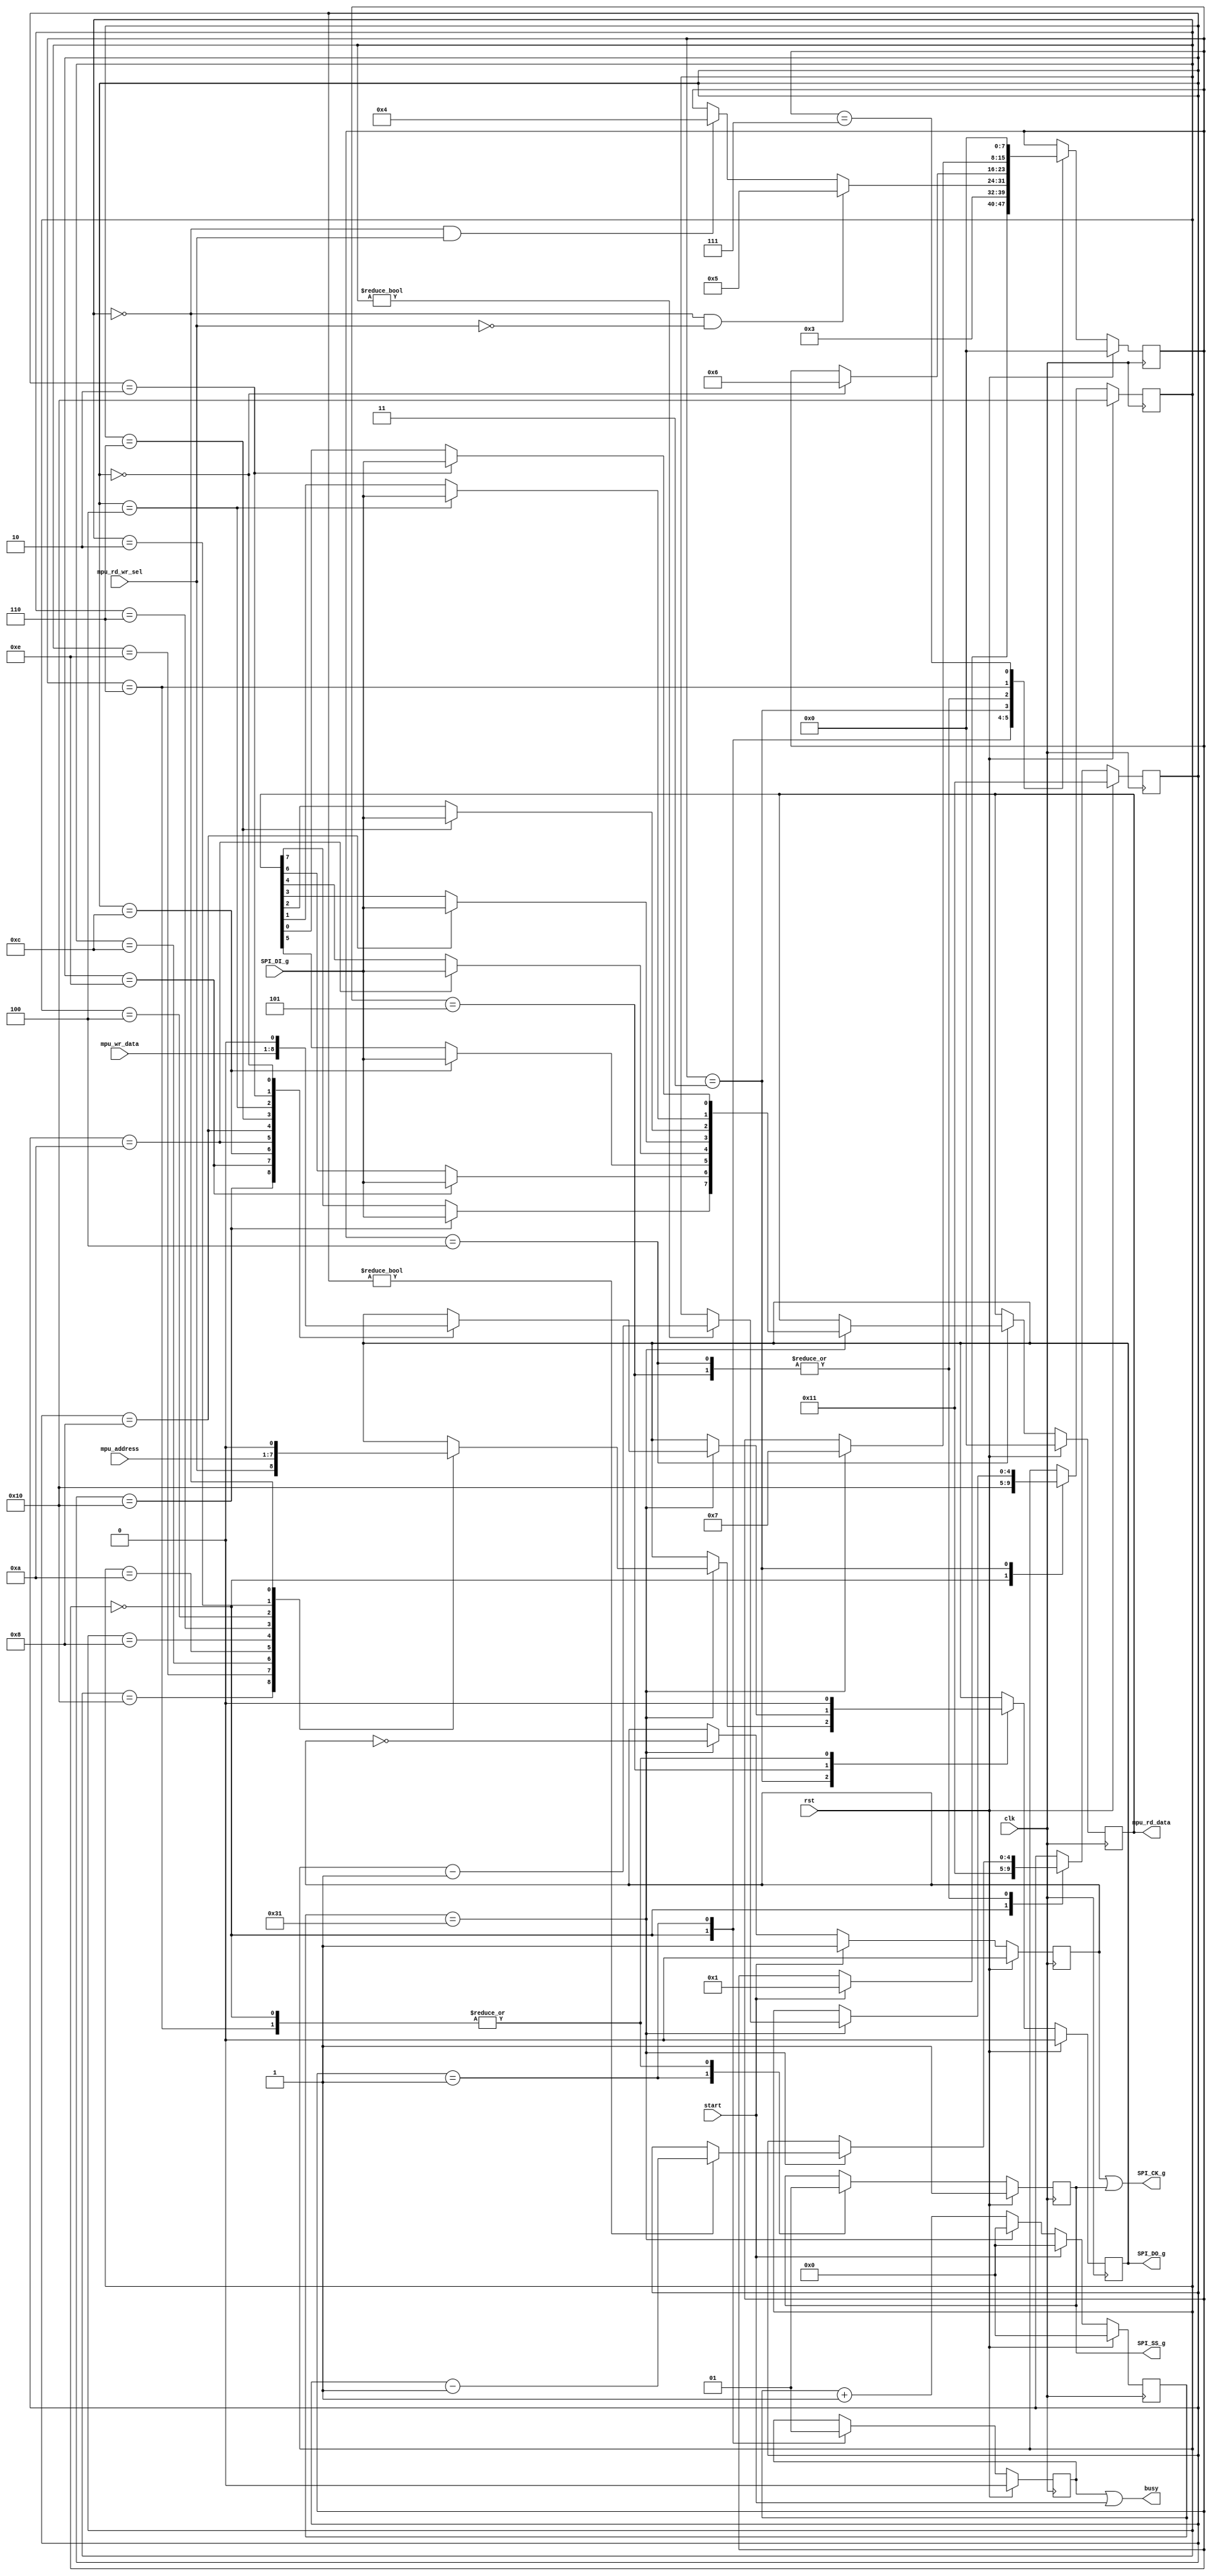
`timescale 1ns / 1ps
//////////////////////////////////////////////////////////////////////////////////
// Company: 
// Engineer: 
// 
// Design Name: 
// Module Name:    SPI_interface 
// Project Name: 
// Target Devices: 
// Tool versions: 
// Description: 
//
// Dependencies: 
//
// Revision: 
// Revision 0.01 - File Created
// Additional Comments: 
//
//////////////////////////////////////////////////////////////////////////////////
module SPI_interface( 
	input clk,
	input rst,
	input [6:0] mpu_address,		//from MPU9250.v
	input [7:0] mpu_wr_data,		//from MPU9250.v
	input mpu_rd_wr_sel,				//from MPU9250.v for select read or write 
	input start,						//start read/write
	output busy,					//don't be send new address or new data from MPU9250.v 
	output SPI_SS_g,						//sleve_select
	output SPI_CK_g,						//SCLK
	output SPI_DO_g,						//Master out Sleve in						
	input SPI_DI_g,						//Master in Slave out
	output [7:0] mpu_rd_data				//for mpu_read_data @MPU9250_controler
    );
	 
	 reg [7:0] mpu_rd_data_buff; 		//for read data baff from MPU
	 reg [7:0] SPIstate;
	 reg [11:0] counter;		//for SPI_SS
	 reg MPUclk;				//for SPI_SS.  don't stop reversal
	 reg  do_reg;				//SPI_DO 
	 reg  ss_reg;				//SPI_SS
	 reg  ck_reg;				//SPI_CK
	 reg busy_bf;				//=MPU_busy buff
	 reg [4:0] i;				//counter for mpu_address[i]
	 reg [4:0] j;				//counter for mpu_rd_data[j]
	

parameter SPI_HALF_CLK = 50; // 50 clks @ 100MHz to make SPI 1MHz
                         // Atlys/Zedboard 50clks = MPU 1clk 
parameter SPI_CLK = SPI_HALF_CLK*2;

wire halfCLKpassed = (counter == SPI_HALF_CLK-1);

// count 50 clks = SCLK generator
always@(posedge clk)
begin
	if(rst)
	begin
		counter <= 0;
		MPUclk <= 0;
	end
	else
	begin
		if(start==1) begin
			counter <= 0;		
			MPUclk <= 1;			
		end
		else if(halfCLKpassed)begin			
			counter <= 0;		
			MPUclk <= ~MPUclk;
			end
		else begin
			counter <= counter + 1;
		end
	end
end

//for state trans 
always @(posedge clk)
	begin
		if(rst)
		begin
			SPIstate = 0;
		end
		else
		begin		
			case(SPIstate)
				0:if(start == 1) SPIstate = 1;	//INIT
				1:SPIstate = 3;	//for SPI_SS = 0
				3:begin
					if(i==0 && mpu_rd_wr_sel == 1)SPIstate = 4;				//address set
					if(i==0 && mpu_rd_wr_sel == 0)SPIstate = 5;				//address set
				end
				4:if(j==0)SPIstate = 6;				//read or write data
				5:if(j==0)SPIstate = 6;
				6:if(halfCLKpassed)SPIstate = 7;				//HOLD		//FINISH and go to state0 
				7:SPIstate = 0;			//FINISH
			endcase
		end
	end
 
 
always @ (posedge clk)
begin 
	if(rst)
		begin
			do_reg = 0;
			ck_reg = 1;
			ss_reg = 1;
			busy_bf = 0;
			mpu_rd_data_buff = 0;
			i = 16;
			j = 17;
		end
	else
		case(SPIstate)
			0:begin					//INIT
				do_reg = 0;
				ss_reg = 1; 
				busy_bf = 0;
			   i = 16;
				j = 17;
			  end
			1:begin					//ready
					busy_bf = 1;
					ss_reg = 0;
					end
			3:begin					//send mpu_address[i] to MPU9250 with SPI
				if(halfCLKpassed)
				begin
					case (i)
						16:do_reg = mpu_rd_wr_sel;
						14:do_reg = mpu_address[6];
						12:do_reg = mpu_address[5];
						10:do_reg = mpu_address[4];
						8: do_reg = mpu_address[3];
						6: do_reg = mpu_address[2];
						4: do_reg = mpu_address[1];
						2: do_reg = mpu_address[0];
						0: do_reg = 0;
					endcase
					if(i!=0) i=i-1;
				end
			  end
			4:begin				//read SPI_DI from MPU9250 with SPI
				if(halfCLKpassed)
				begin
					case (j)
						16:mpu_rd_data_buff[7] = SPI_DI_g;
						14:mpu_rd_data_buff[6] = SPI_DI_g;
						12:mpu_rd_data_buff[5] = SPI_DI_g;
						10:mpu_rd_data_buff[4] = SPI_DI_g;
						8:mpu_rd_data_buff[3] = SPI_DI_g;
						6:mpu_rd_data_buff[2] = SPI_DI_g;
						4:mpu_rd_data_buff[1] = SPI_DI_g;
						2:mpu_rd_data_buff[0] = SPI_DI_g;						
					endcase
					if(j!=0) j=j-1;
				end
			end	

			5:begin				//write data 
				if(halfCLKpassed)
				begin
					case (j)
						16:do_reg = mpu_wr_data[7]; 
						14:do_reg = mpu_wr_data[6]; 
						12:do_reg = mpu_wr_data[5]; 
						10:do_reg = mpu_wr_data[4]; 
						8:do_reg = mpu_wr_data[3]; 
						6:do_reg = mpu_wr_data[2]; 
						4:do_reg = mpu_wr_data[1]; 
						2:do_reg = mpu_wr_data[0]; 
						0:do_reg = 0;
					endcase
					if(j!=0) j=j-1;
				end
			end
							  
			6:begin				//HOLD
				ck_reg =1;
				do_reg =0;
				ss_reg = 1;
			  end
			  
			7:begin		//FINISH
			end
			
		endcase
end


assign SPI_DO_g = do_reg;
assign SPI_CK_g = MPUclk | ss_reg;
assign SPI_SS_g = ss_reg;
assign busy = busy_bf | start;
assign mpu_rd_data = mpu_rd_data_buff;
endmodule